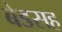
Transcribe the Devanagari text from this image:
बेडसह